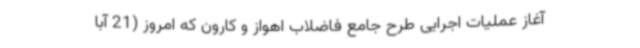
آغاز عملیات اجرایی طرح جامع فاضلاب اهواز و کارون که امروز (21 آبا